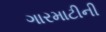
ગારમાટીની